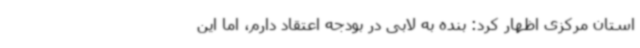
استان مرکزی اظهار کرد: بنده به لابی در بودجه اعتقاد دارم، اما این